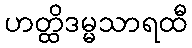
ဟတ္ထိဒမ္မသာရထီ